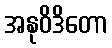
အနုဝိဒိတော